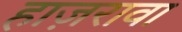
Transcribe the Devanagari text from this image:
हाज़रावा